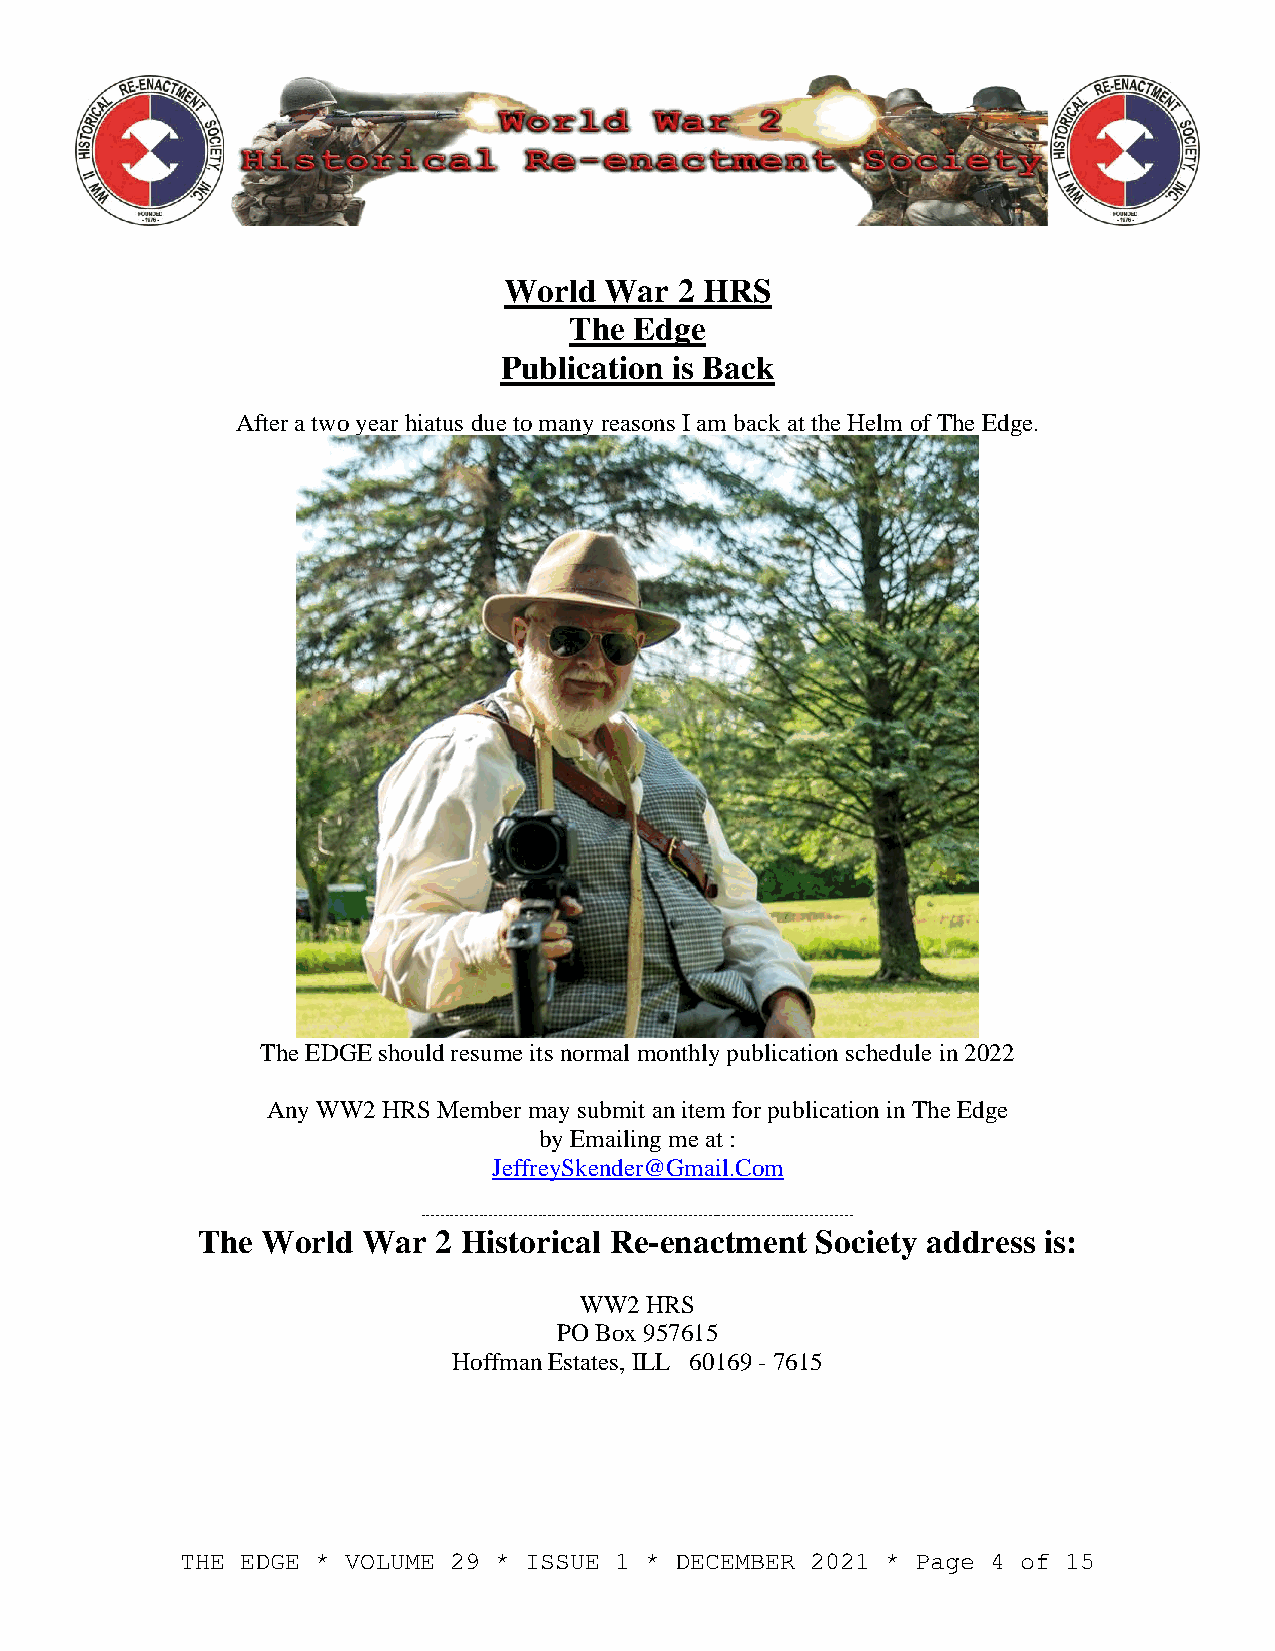
World  War  2 HRS
 The Edge
 Publication is Back
 After a two year hiatus due to many reasons I am back at the Helm of The Edge.
 The EDGE should resume its normal monthly publication schedule in 2022
 Any WW2 HRS Member may submit an item for publication in The Edge
 by Emailing me at :
 JeffreySkender@Gmail.Com
 -----------------------------------------------------------------------------------------
 The World  War  2 Historical Re-enactment Society address is:
 WW2  HRS
 PO Box 957615
 Hoffman Estates, ILL 60169 - 7615
 THE EDGE * VOLUME 29 * ISSUE 1 * DECEMBER 2021 * Page 4 of 15